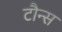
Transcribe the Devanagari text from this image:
टौन्स